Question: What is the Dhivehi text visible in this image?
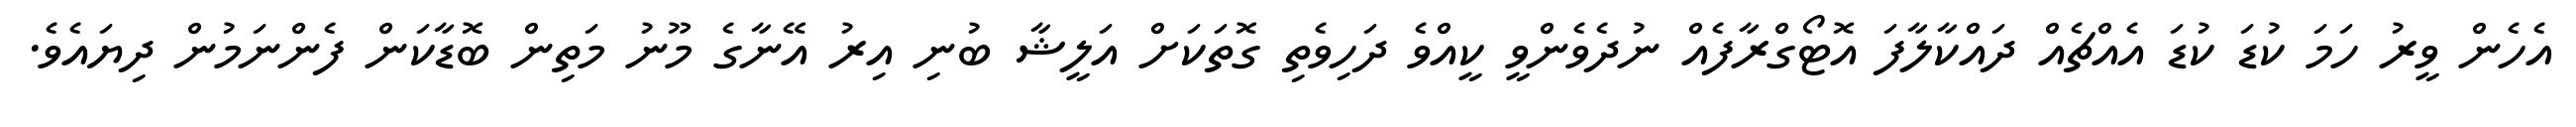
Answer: އެހެން ވީރު ހަމަ ކުޑަ ކުޑަ އެއްޗެއް ދައްކާލާފަ އޮޓޯގްރާފެއް ނުދެވެންވީ ކީއްވެ ދަހިވެތި ގޮތަކަށް އަލީޝާ ބުނި އިރު އޭނާގެ މޫނު މަތިން ބޮޑާކަން ފެންނަމުން ދިޔައެވެ.